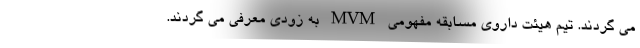
می گردند. تیم هیئت داروی مسابقه مفهومی MVM به زودی معرفی می گردند.